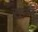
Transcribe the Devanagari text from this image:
सन्नै